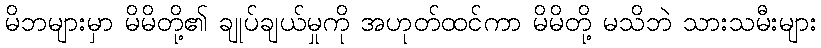
မိဘများမှာ မိမိတို့၏ ချုပ်ချယ်မှုကို အဟုတ်ထင်ကာ မိမိတို့ မသိဘဲ သားသမီးများ